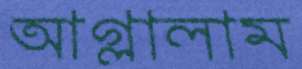
আগ্‌লালাম